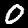
Label: 0